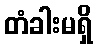
တံခါးမရှိ